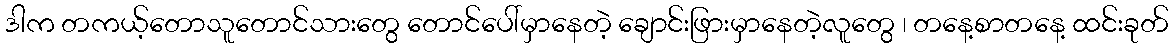
ဒါက တကယ့်တောသူတောင်သားတွေ တောင်ပေါ်မှာနေတဲ့ ချောင်းဖြားမှာနေတဲ့လူတွေ ၊ တနေ့စာတနေ့ ထင်းခုတ်